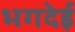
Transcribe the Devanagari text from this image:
भगदेई